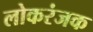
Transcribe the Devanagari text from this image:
लोकरंजक